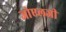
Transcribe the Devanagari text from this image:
जोएलजी